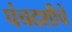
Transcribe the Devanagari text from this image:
पंचदशीचे